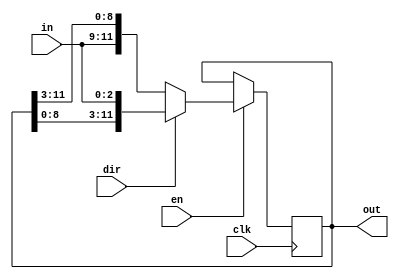
/*                          -*- Mode: Verilog -*-

 * Description : Shift Register module
 * Purpose : This implements a 4 base pair units shift register. Two of these modules are instantiated,
             corresponding to the Q and R shift registers. Depending on Q/R, the shift direction is de-
            -termined. These shift registers are given in serial inputs from the corresponding subsequ-
            -ences, and enable signals are driven if a shift has to take place.

 */

module shift_reg(
    input [2 : 0] in,              // 3 bit base pair serial input.
    input clk,                     // clk input.
    input en,                      // Enable signal - if high, the shift register is shifted. Else it remains in its current state.
    input dir,                     // Direction of shifting.
    output reg [11 : 0] out        // Output of the 4. 
); 

    wire [11 : 0] temp1;  
    wire [11 : 0] temp2;

    assign temp1 = out << 3;     // Assigned the current values left shifted by 3 bits, i.e., shifted by one base pair.
    assign temp2 = out >> 3;     // Assigned the current values right shifted by 3 bits, i.e., shifted by one base pair. 
    
    initial begin
        out = 0;
    end 

    always @ (posedge clk) begin 
        if(en) begin                              // Checks if shift is enabled.
            if(dir) begin                         // Checks for the direction of shifting.
                out <= {temp1[11 : 3], in};       // dir = 1 (for R) implies a left shift, and the lowest base pair is loaded in from the serial input.
            end 
            else begin 
                out <= {in, temp2[8 : 0]};        // dir = 0 (for Q) implies a right shift, and the highest base pair is loaded in from the serial input.
            end 
        end 
        else
            out <= out;                           // If shift is not enabled, retain the same values in register.
    end 

endmodule        // shift_reg